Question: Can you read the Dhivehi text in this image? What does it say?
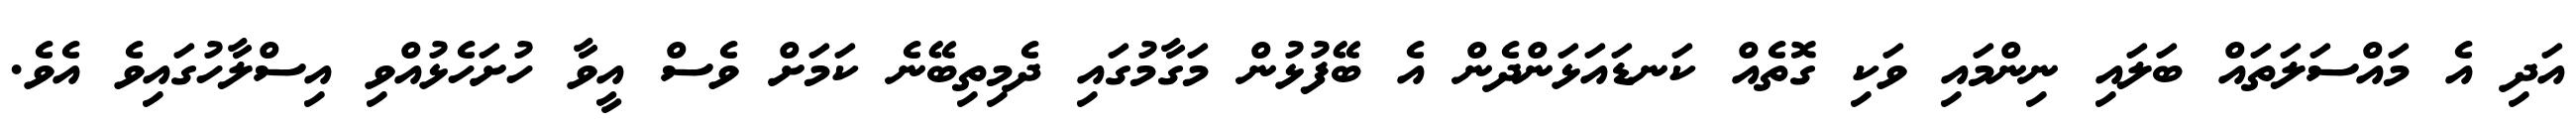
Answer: އަދި އެ މައްސަލަތައް ބަލައި ނިންމައި ވަކި ގޮތެއް ކަނޑައަޅަންދެން އެ ބޭފުޅުން މަގާމުގައި ދެމިތިބޭނެ ކަމަށް ވެސް އީވާ ހުށަހެޅުއްވި އިސްލާހުގައިވެ އެވެ.